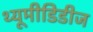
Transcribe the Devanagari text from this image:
थ्यूमीडिडीज